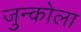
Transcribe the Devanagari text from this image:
जुन्कोला